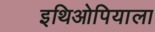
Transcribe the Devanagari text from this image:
इथिओपियाला